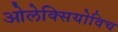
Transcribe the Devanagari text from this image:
ओलेक्सियोविच